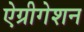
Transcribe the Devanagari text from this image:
ऐग्रीगेशन